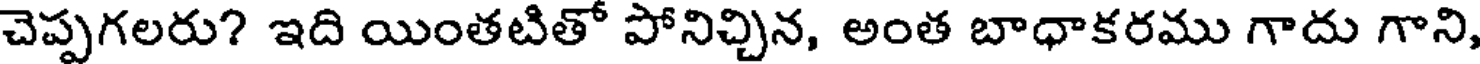
చెప్పగలరు? ఇది యింతటితో పోనిచ్చిన, అంత బాధాకరము గాదు గాని,